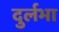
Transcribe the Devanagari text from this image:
दुर्लभा